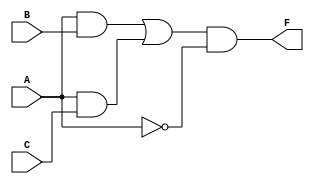
module multi_level_logic (
    input wire A,    // Input variable A
    input wire B,    // Input variable B
    input wire C,    // Input variable C
    output wire F    // Output variable F
);

// Intermediate nodes
wire notA;         // Intermediate node for NOT A
wire and1;        // Intermediate node for A AND B
wire and2;        // Intermediate node for A AND C
wire or1;         // Intermediate node for AND results

// Logic Functions
// Step 1: NOT operation
assign notA = ~A;  // NOT A

// Step 2: AND operations
assign and1 = A & B; // A AND B
assign and2 = A & C; // A AND C

// Step 3: OR operation to combine AND results
assign or1 = and1 | and2; // (A AND B) OR (A AND C)

// Step 4: Final output logic (example logic function)
assign F = or1 & notA; // Final output F = ((A AND B) OR (A AND C)) AND NOT A

endmodule